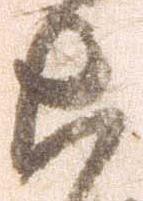
ち